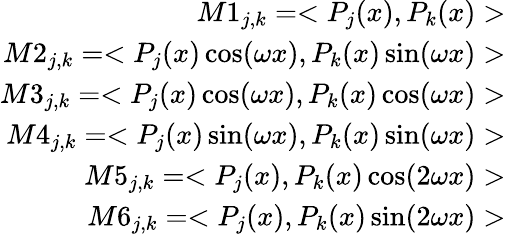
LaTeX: \begin{array}{r}{M1_{j,k}=<P_{j}(x),P_{k}(x)>}\\ {M2_{j,k}=<P_{j}(x)\cos(\omega x),P_{k}(x)\sin(\omega x)>}\\ {M3_{j,k}=<P_{j}(x)\cos(\omega x),P_{k}(x)\cos(\omega x)>}\\ {M4_{j,k}=<P_{j}(x)\sin(\omega x),P_{k}(x)\sin(\omega x)>}\\ {M5_{j,k}=<P_{j}(x),P_{k}(x)\cos(2\omega x)>}\\ {M6_{j,k}=<P_{j}(x),P_{k}(x)\sin(2\omega x)>}\end{array}